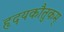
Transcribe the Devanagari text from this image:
हृदयकौतुकम्‌